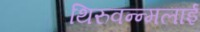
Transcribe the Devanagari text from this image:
थिरुवन्न्मलाई